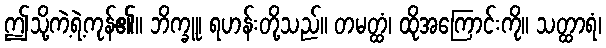
ဤသို့ကဲ့ရဲ့ကုန်၏။ ဘိက္ခူ၊ ရဟန်းတို့သည်။ တမတ္ထံ၊ ထိုအကြောင်းကို။ သတ္ထာရံ၊